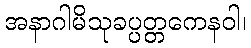
အနာဂါမိသုခပ္ပတ္တကေနဝါ၊